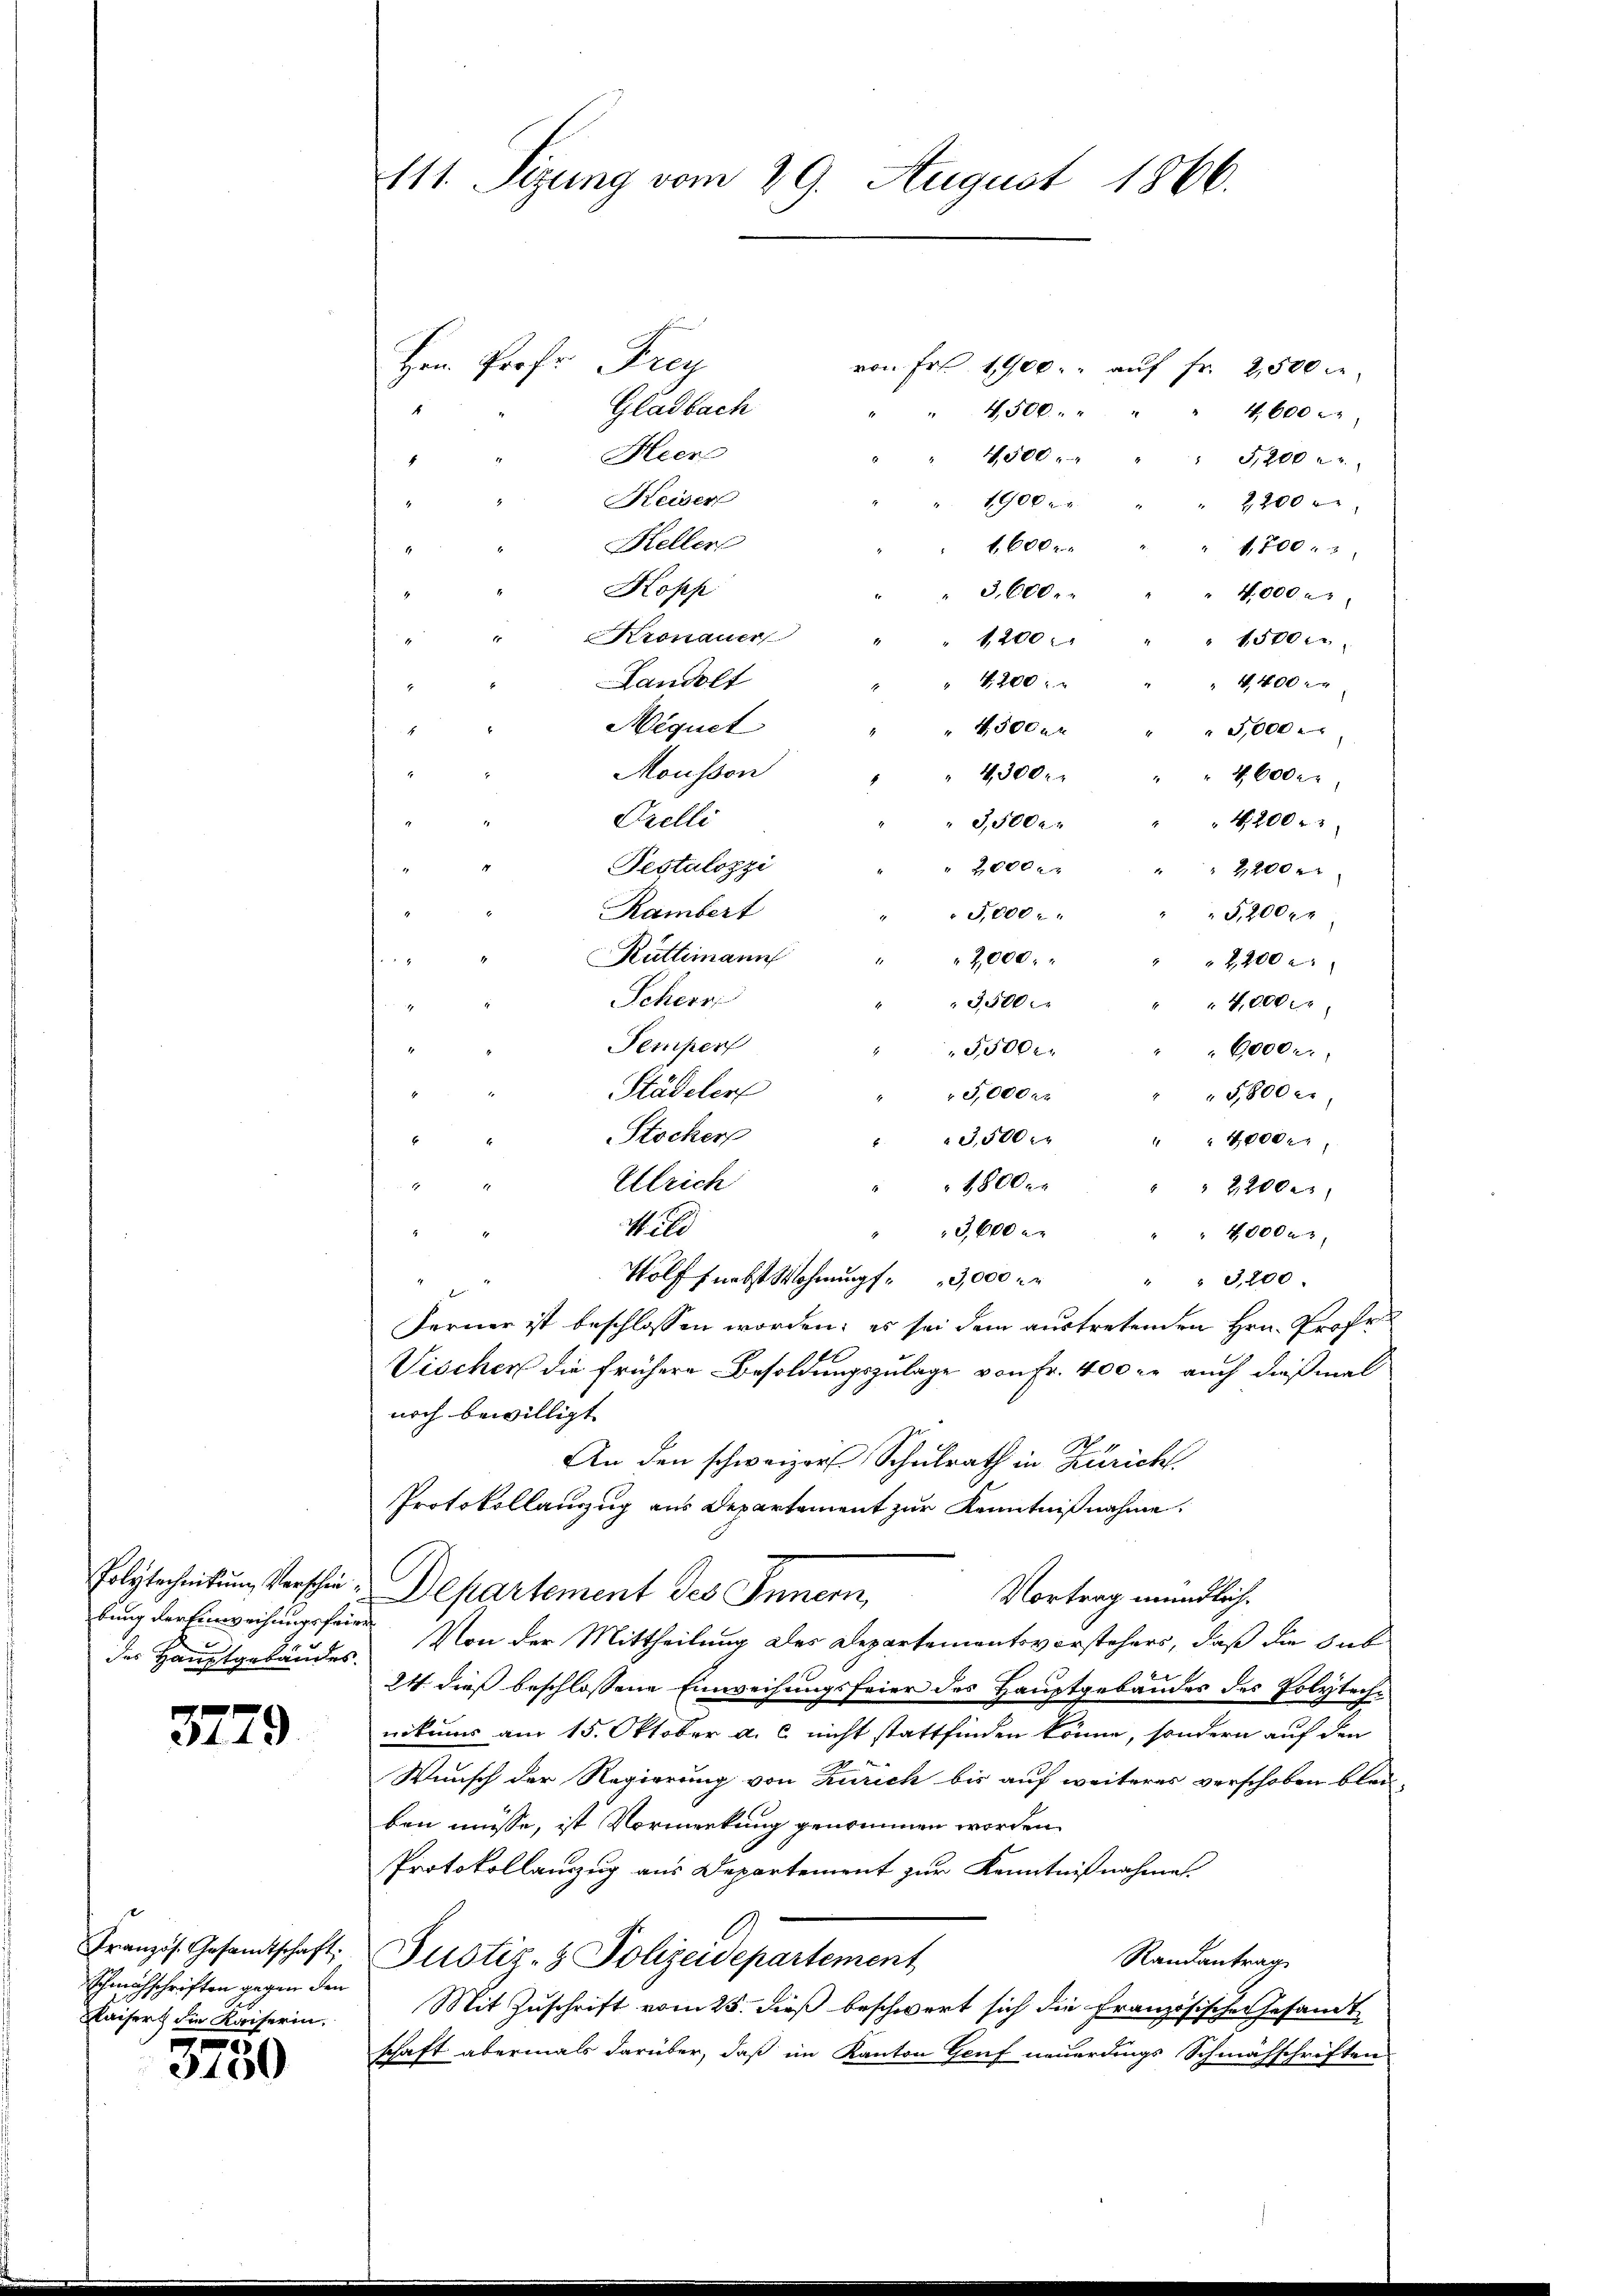
der Hauptgebäudes.

3779

Schmuchschriften gegen den
Kaiser die Kaiserin.

3750

111. Sizung vom 29. August 1866.

Hrn. Prof. Frey
von Fr. 1900. auf fr. 2,500 Fr.
Gladbach
4,500.
4,600 r
Heer
4500.
5,200 n 2.
Keiser
1900 x
2200 r
Heller
1,600 r
1,700. 3
Kopp
3,600.
" 4000
Kronauer
1
1200 " " " 1500.
Landolt
" 1200 " " " " 4,400.
Miguet
4300 " " 5,000
Mousson
" 4300. " " " 4600er
Orelli
4,200 r. 2
 3,500
Pestalozzi
 2,000 M
2200 x
Rambert
5,000
G,200fr
Rüttimann " " 2,000. "
2,200 c.
Scher
3,500
4,000 M.
Temper
5,500
6000.
Städeler
5,000
5,800 c.
Stocker
3,500 " " " 4000 r
Ulrich
E
1800 er
" 22000
M. d
3,600 x
" " 4,000. 3
Wolff nebst Wohnung 3,000 " " " " 3,200.
Ferner ist beschlossen worden; es sei dem austretenden Hrn. Profe
Vischer die frühere Besoldungszulage von Fr. 400 er auch dießmal
noch bewilligt
An den schweizer Schulrath in Zürich
Protokollanzug aus Departement zur Kenntnißnahme.
Polytechneitung verschie-Departement des Innern,
Vortrag mündlich.
bung der Einweisungsfaire. Von der Mittheilung des Departementsvorstehers, daß die gut
24. dieß beschlossene Einweisungsfeier des Hauptgebäudes des Polytechnikums am 15. Oktober a. c. nicht stattfinden könne, sondern auf den
Wunsch der Regierung von Zürich bis auf weiteres verschoben blei-
ben müsse, ist Vormerkung genommen worden.
Protokollanzug aus Departement zur Kenntnißnahme.
Französ. Gesamtschaft. Justiz- & Polizeidepartement
Randantrag
Mit Zuschrift vom 25. dieß beschwert sich die Französischen Gesandt-
schaft abermals darüber, daß im Kanton Genf neuerdings Schmähschriften